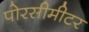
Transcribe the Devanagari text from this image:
पोरसीमीटर